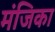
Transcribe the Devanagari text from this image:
मंजिका